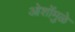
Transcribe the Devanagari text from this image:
ओशोंमुळे